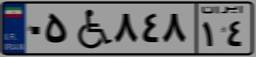
۲۹W۵۹۵۹۷